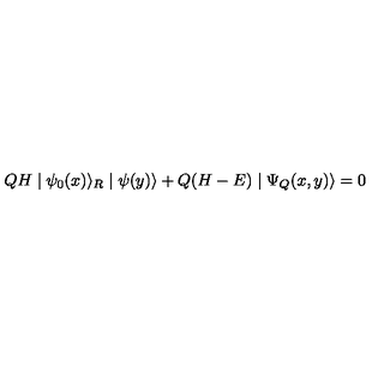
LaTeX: Q H \mid \psi _ { 0 } ( x ) \rangle _ { R } \mid \psi ( y ) \rangle + Q ( H - E ) \mid \Psi _ { Q } ( x , y ) \rangle = 0